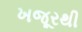
ખજૂરથી